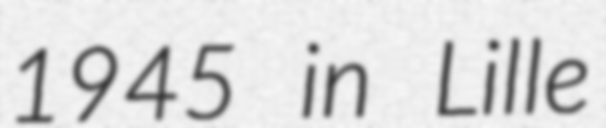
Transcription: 1945 in Lille